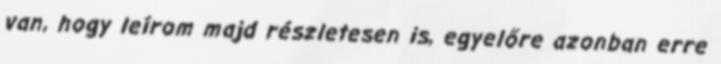
van, hogy leírom majd részletesen is, egyelőre azonban erre